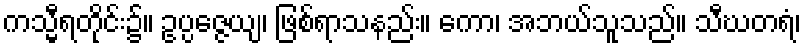
ကသ္မီရတိုင်း၌။ ဥပ္ပဇ္ဇေယျ၊ ဖြစ်ရာသနည်း။ ကော၊ အဘယ်သူသည်။ သီဃတရံ၊